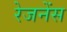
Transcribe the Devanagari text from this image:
रेजनेंस